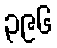
၃၉၆